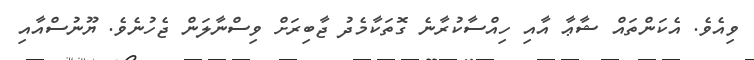
ވިއެވެ. އެކަންތައް ޝާޢާ އާއި ހިއްސާކުރާނެ ގޮތަކާމެދު ޖާބިރަށް ވިސްނާލަން ޖެހުނެވެ. ޔޫނުސްއާއި